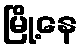
မြို့နေ